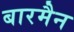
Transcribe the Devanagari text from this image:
बारमैन